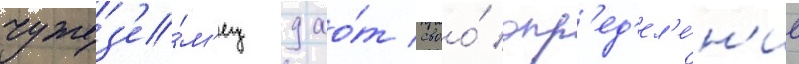
чужез'е́м'ец дао́т своо́ опр'ед'ел'е́н'ие